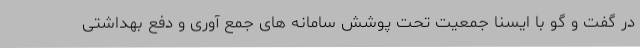
در گفت و گو با ایسنا جمعیت تحت پوشش سامانه های جمع آوری و دفع بهداشتی